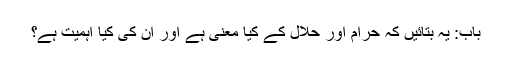
باب: یہ بتائیں کہ حرام اور حلال کے کیا معنی ہے اور ان کی کیا اہمیت ہے؟